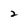
Character: 2